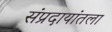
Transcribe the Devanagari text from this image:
संप्रदायांतला